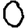
Digit: 0